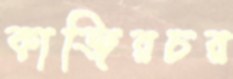
কাজিরচর